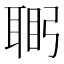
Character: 𮋴